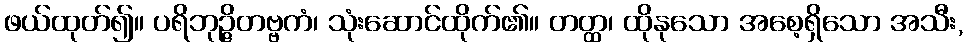
ဖယ်ထုတ်၍။ ပရိဘုဉ္ဇိတဗ္ဗကံ၊ သုံးဆောင်ထိုက်၏။ တတ္ထ၊ ထိုနုသော အစေ့ရှိသော အသီး,